system: You are a helpful assistant.
user:
Analyze the provided spectrum to determine if it is a **S-type Star**.

- **Key Indicators for S-type Star:**

    - **(Overall Spectrum Shape):** The first and most obvious characteristic is the overall continuum (the "baseline" shape). It is **extremely "red-sloping,"** meaning the flux (light intensity) is very low on the left side (blue, ~4000-4500 Å) and rises steeply and continuously toward the right side (red, ~7000 Å+).

    - **(Primary):** The spectrum is defined by the presence of strong, broad molecular absorption "valleys" (bands) from **Zirconium Oxide (ZrO)**. The identification of these bands is the **primary requirement** for classifying a star as S-type.
        - **(Key Bandheads):** You must find distinct, deep "dips" where the light has been absorbed. The most critical band systems to locate are:
            - **~6474 Å** ($\gamma$-system): This is often the strongest and clearest ZrO feature, found in the red part of the spectrum.
            - **~5718 Å** & **~5551 Å** ($\beta$-system): A pair of prominent absorption features in the yellow-orange part of the spectrum.
            - **~4640 Å** ($\alpha$-system): A key absorption band system in the blue-green region of the spectrum.

    - **(Secondary Confirmation):** The classification is strengthened by finding additional absorption bands from other related heavy element oxides, which are expected to be present alongside ZrO.
        - **(Key Bandheads):**
            - **Yttrium Oxide (YO):** Look for absorption dips near **~4800 Å** and **~6100 Å**.
            - **Lanthanum Oxide (LaO):** Additional absorption features, particularly in the red-orange part of the spectrum, are also characteristic.

    - **(Line Profile):** The combination of the steep red continuum and these numerous, deep molecular bands (ZrO, YO, etc.) gives the entire spectrum a very **"chopped-up"** or **"bumpy"** appearance. Instead of a smooth curve, the spectrum looks as though large, wide chunks of light have been "carved out" of it at the specific wavelengths listed above.

Think first, call **spectral_visualization_tool** if needed to examine features in detail, then provide your final answer. Your response must adhere to the following strict rules:
1.  **Overall Structure:** Your response must follow the format `<think>...</think> <tool_call>...</tool_call> (if a tool is used) <answer>...</answer>`.
2.  **Tool Usage Constraint:** You may only make **one** tool call per turn.
3.  **Final Answer Format:** In the `<answer>` tag, your conclusion must be inside a `\boxed{}` command (e.g., `\boxed{YES}` or `\boxed{NO}`), followed by your justification.

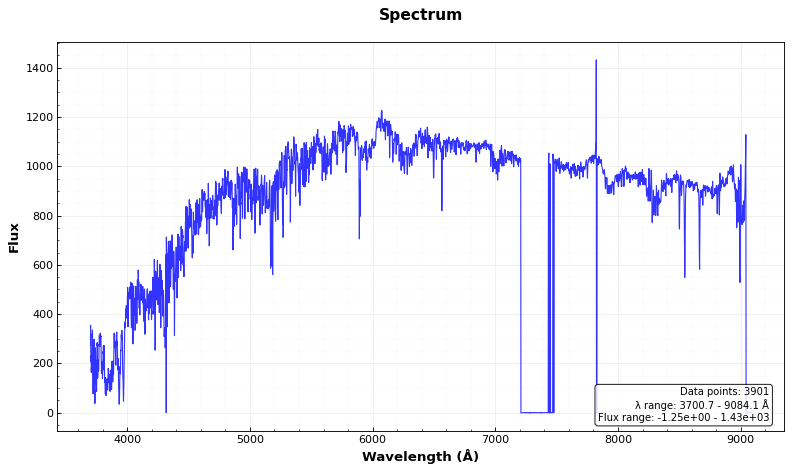
Answer: NO